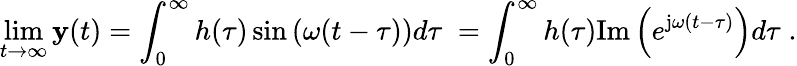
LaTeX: \operatorname*{lim}_{t\to\infty}\mathbf{y}(t)=\int_{0}^{\infty}h(\tau)\sin\left(\omega(t-\tau)\right)d\tau\; =\int_{0}^{\infty}h(\tau)\mathrm{{Im}}\left(e^{\mathrm{{j}}\omega(t-\tau)}\right)d\tau\; .